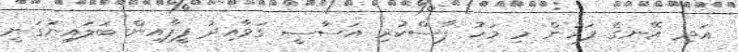
އަދި އޭނގެ ފަހުން މި މަހު ފާސްކުރި އަސާސީ ގަވާއިދު ފީފާއިން ބަލައިނުގަނީ